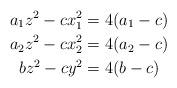
LaTeX: \begin{align*} a_1z^2-cx_1^2&=4(a_1-c) \\a_2z^2-cx_2^2&=4(a_2-c) \\ bz^2-cy^2&=4(b-c) \end{align*}